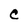
Character: C